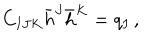
C _ { I J K } \bar { h } ^ { J } \bar { h } ^ { K } = q _ { I } \, ,